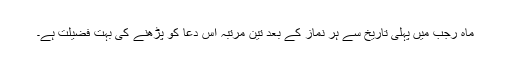
ماہ رجب میں پہلی تاریخ سے ہر نماز کے بعد تین مرتبہ اس دعا کو پڑھنے کی بہت فضیلت ہے۔